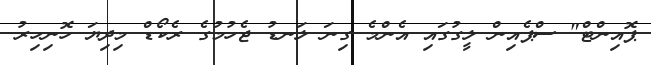
ޕޮއިންޓް" ސްޕެއިން ލީގުގައި އެންމެ ގިނަ ލަނޑު ޖެހުމުގެ ރެކޯޑް މިދިޔަ ހޮނިހިރު